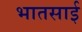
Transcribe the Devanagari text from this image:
भातसाई